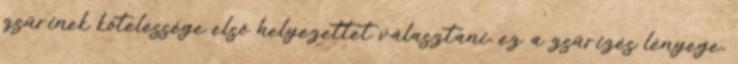
zsűrinek kötelessége első helyezettet választani, ez a zsűrizés lényege,